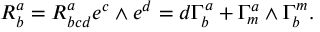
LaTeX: { \cal R } _ { b } ^ { a } = R _ { b c d } ^ { a } e ^ { c } \wedge e ^ { d } = d \Gamma _ { b } ^ { a } + \Gamma _ { m } ^ { a } \wedge \Gamma _ { b } ^ { m } .